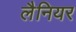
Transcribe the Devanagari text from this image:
लैनियर